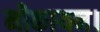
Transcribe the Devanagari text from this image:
नौकायन।